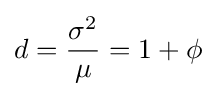
d={\frac {\sigma ^{2}}{\mu }}=1+\phi